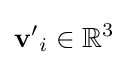
\mathbf {v'} _{i}\in \mathbb {R} ^{3}